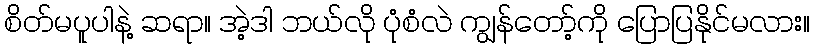
စိတ်မပူပါနဲ့ ဆရာ။ အဲ့ဒါ ဘယ်လို ပုံစံလဲ ကျွန်တော့်ကို ပြောပြနိုင်မလား။